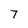
Character: 7